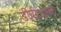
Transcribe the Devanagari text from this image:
डीपीआरके